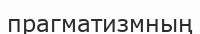
прагматизмның